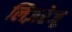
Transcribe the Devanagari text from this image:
लिज़रेजू